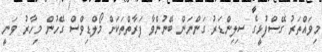
މިވައްތަރު ގޭސްފުޅީގެ ސިލިންޑަރު ގަންނަން ބޭނުންވާ ފަރާތްތަކަށް މޯލްޑިވްސް ގޭހުން މިހާރު ވަނީ